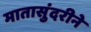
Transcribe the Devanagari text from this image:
मातासुंदरीने